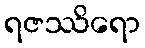
ရဇဿိရော